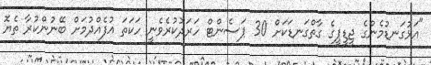
"އަޅުގަނޑުމެންގެ ޖީޑީޕީގެ ގާތްގަނޑަކަށް 30 ޕަސެންޓް ހަރަދުކުރެވެނީ ހަކަތަ އުފެއްދުމަށް ބޭނުންކުރާ ތެޔޮ